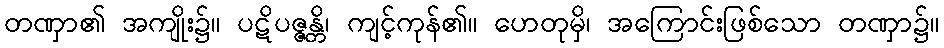
တဏှာ၏ အကျိုး၌။ ပဋိပဇ္ဇန္တိ၊ ကျင့်ကုန်၏။ ဟေတုမှိ၊ အကြောင်းဖြစ်သော တဏှာ၌။